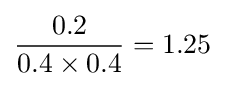
{\frac {0.2}{0.4\times 0.4}}=1.25